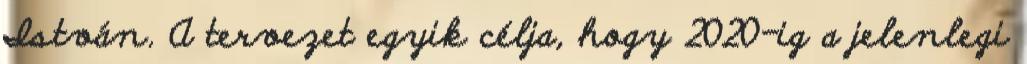
István. A tervezet egyik célja, hogy 2020-ig a jelenlegi